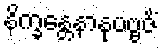
နိက္ခန္တေနာနုပဗ္ဗဇိံ